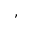
,